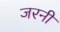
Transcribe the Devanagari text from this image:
जरनी